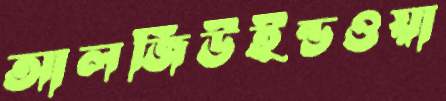
আলজিউইন্ডওয়া